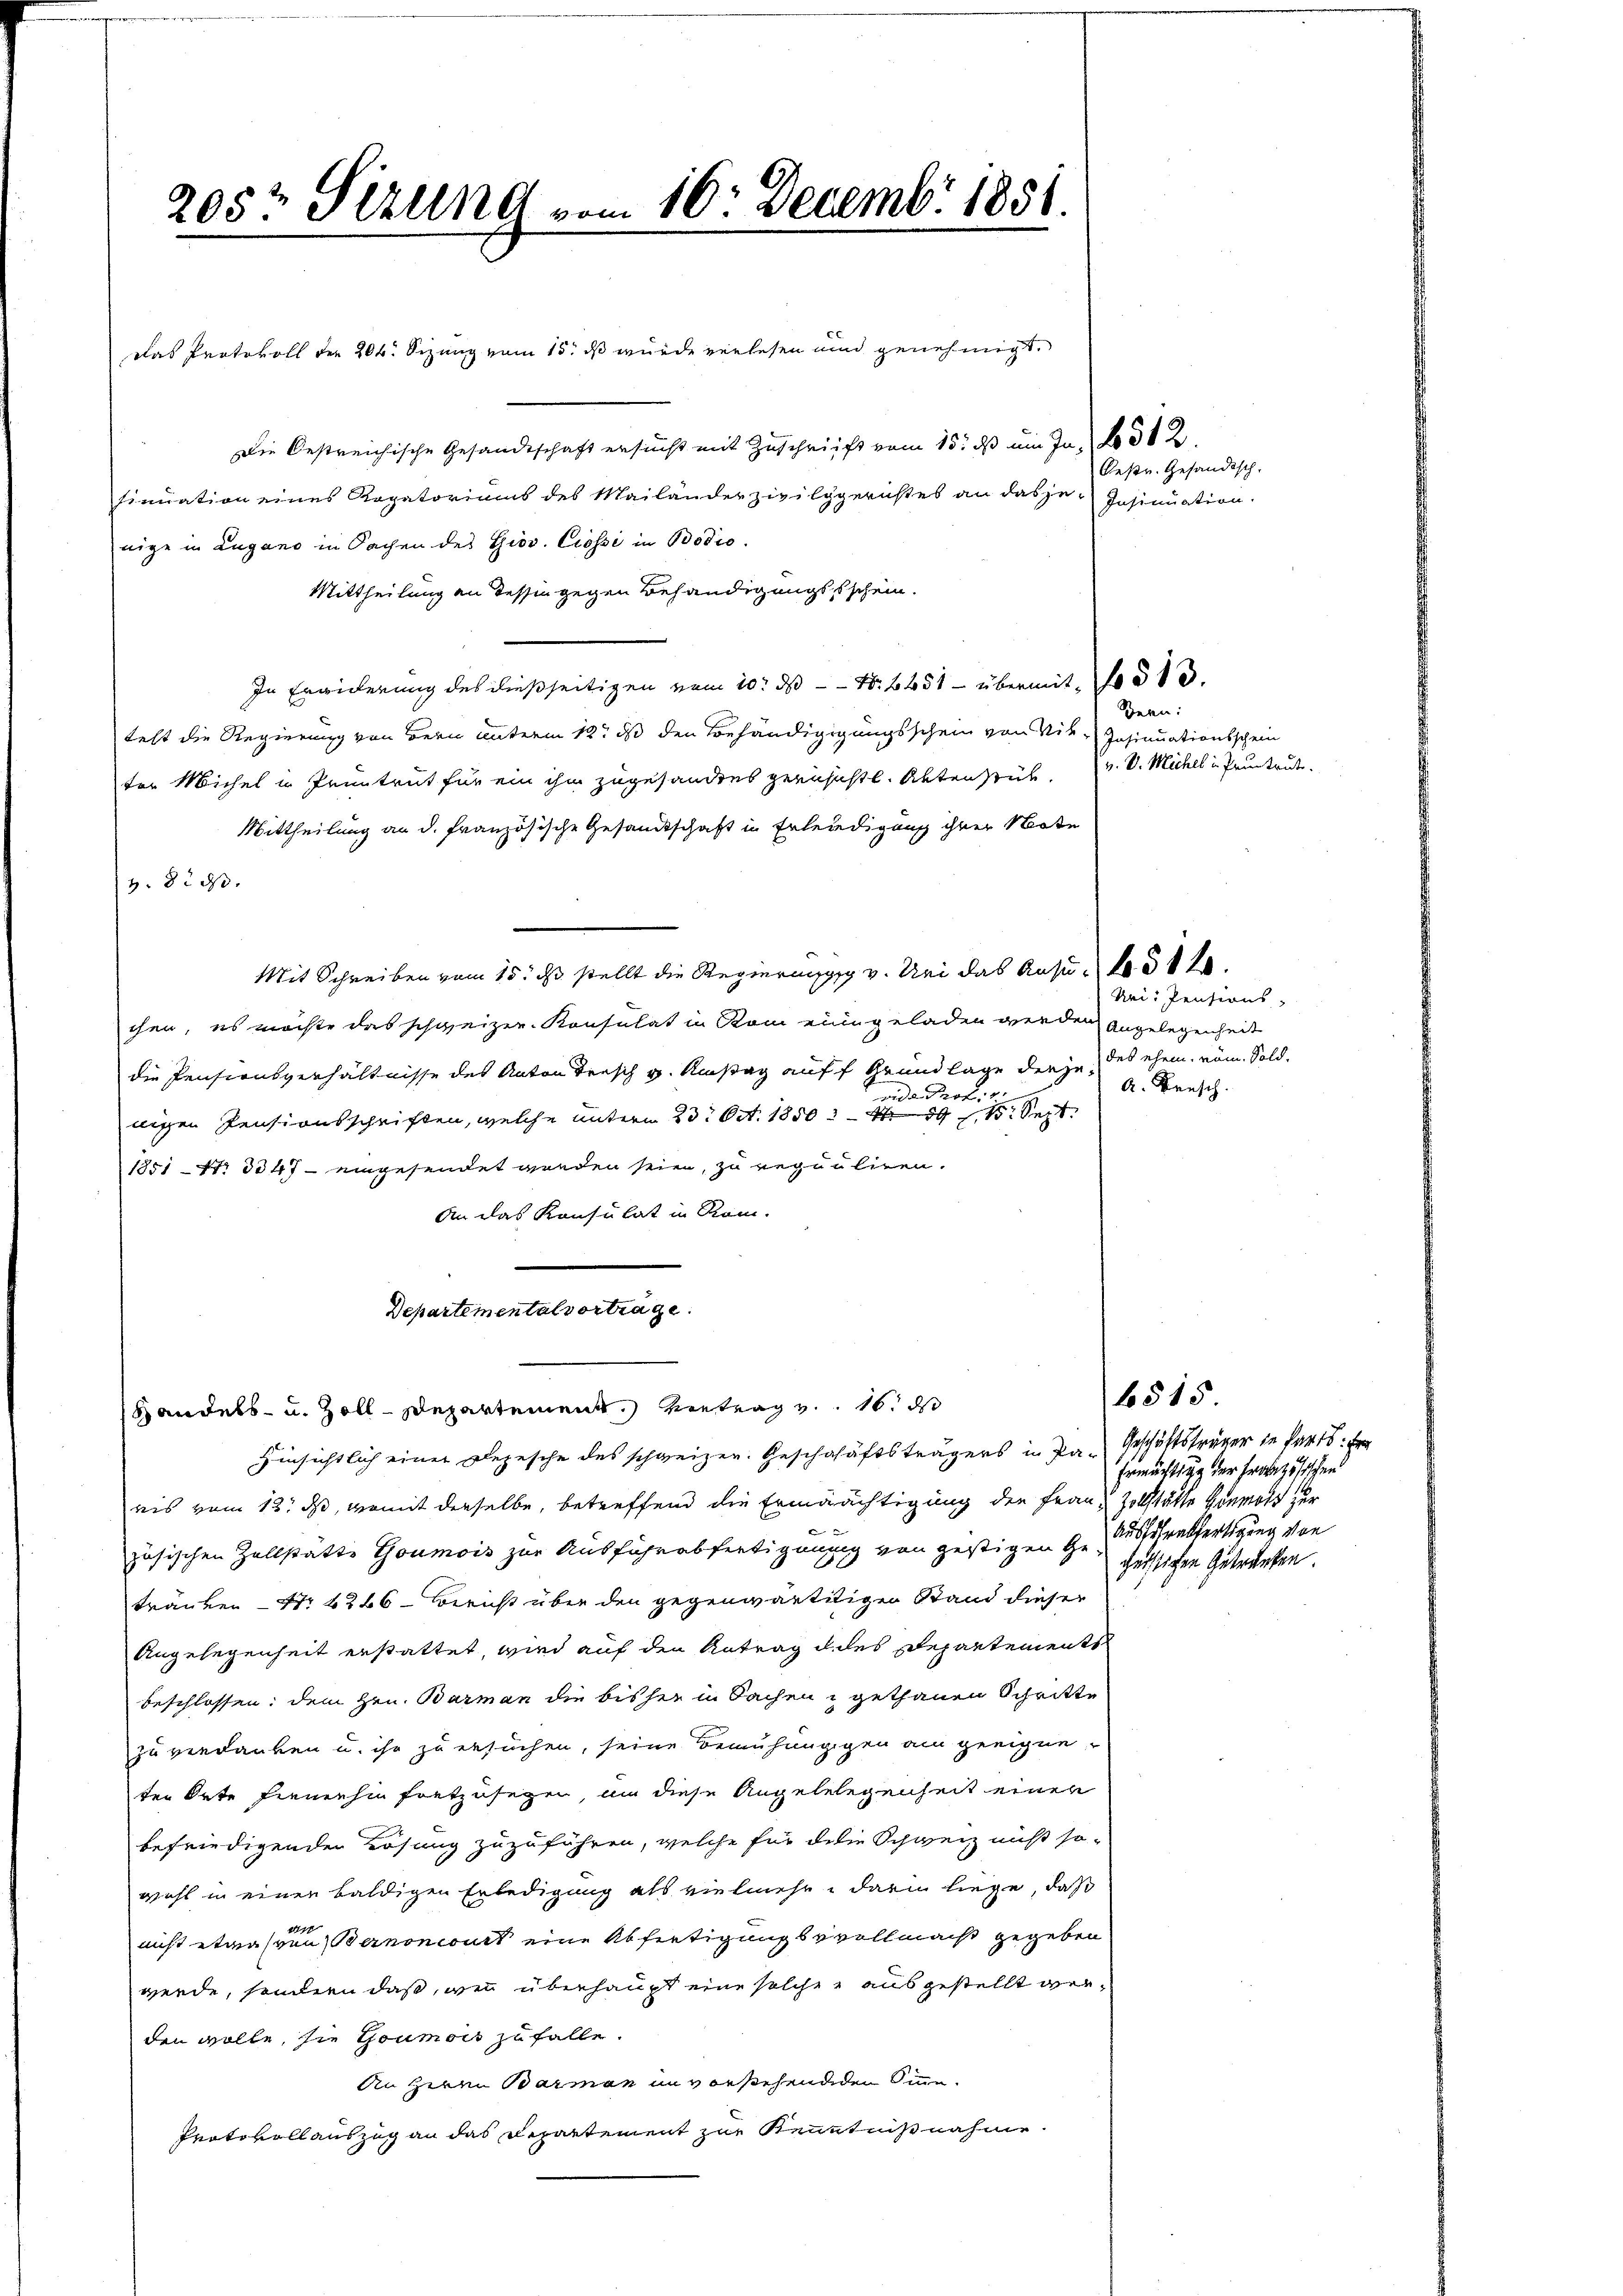
205t Sizung vom 16. Decemb. 1851.

Das Protokoll der 206. Sizung vom 15. dß wurde verlesen und genehmigt.
Die Oestreichische Gesandtschaft ersucht mit Zuschrift vom 15. ds ein In- No 512.
sinuation eines Rogatoriums des Mailänder zivilygerüstes an dasse Insinuation
nige in Lugano in Sachen des Giov. Ciossi in Bodio.
Mittheilung an dessin gegen Behändigungsschein.
In Erwiderung des dießseitigen vom 10. ds N. 1451 - übermit 13.
test die Regierung von Bern unterm 12t ds den Behändigigungsschein von Vik-Insinuationsschein
ter Michel in Irentrut für ein ihm zugesandtes gernsichtl. Aktenseit
Mittheilung an d. französische Gesandtschaft in Erleidigung ihrer Note
v. 8. ds.
Mit Schreiben vom 15. ds stellt die Regierungsg v. Uri das Ansu
chen, es möchte das schweizer Konsulat in Rom eine geladen werden zugelegenheit
die Pensionsverhältnisse des Anton dersch u. Umstag auff Grundlage derje, des ehem, num. Soldvide Prof.
nigen Pensionsschriften, welche unterm 23. Oct. 1850. 439 n 1. Sept
1851 Nr. 3047 - eingesendet werden seien, zu requuliren.
An das Konsulat in Rom.
Departemental vortrage.
Handels- u. Zoll-Departement vertrag v. 16. ds
Hinsichtlich einer Depesche des schweizer. Geschähäftsträgers in Paris vom 13. ds, womit derselbe, betreffend die Ermäächtigung der Frau Zollstätte Homolt zur
zösischen Zollstätte Goumois zur Ausführ abfertignung von gestigen Geschentfertigung von
tränken Nr 666 - Bericht über den gegenwärtitigen Stand dieser
Angelegenheit erstattet, wird auf den Antrag d. des Departements
beschlossen: dem Hrn. Barman die bisher in Sachen gethanen Schritte
zu verdanken u. ihr zu ersuchen, seine Bemühungigen am geeigne-
ter Orte fernehin fortzusegen, um diese Angelelegenheit einer
befriedigender Lösung zuzuführen, welche für die Schweiz nicht sowohl in einen baldigen Erledigung als vielmehr, darin liege, daß
14
nicht etwassen Bernoncourt eine Abfertigungsvollmacht gegeben
werde, sondern daß, wie überhaupt eine solche ausgestellt werden wolle, sie Goumois zufalle.
An zwei Barman in vorstehenderen Sinne
Protokoll auszug an das Departement zur Kenntnißnahme

Oestr. Gesandtsch.

Bern:
v. V. Michel in Pruntrut.

Uri: Pensions-
A. Brasch.

6515
Geschäftsträger in Parts: Er
Ermächtigg der Französischen

geistichen Getränken.